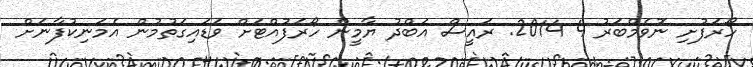
ހޯރަފުށި ނޮވެމްބަަރު 4 2014: ރައީސް އަބްދު ޔާމީން ހޯރަފުއްޓަށް ވަޑައިގަތުމުން އެމަނިކުފާނަށް